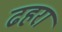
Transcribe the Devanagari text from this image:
ढहरा